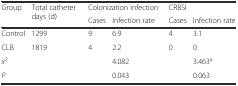
| <ROWSPAN=2> Group | <ROWSPAN=2> Total catheter days (d) | <COLSPAN=2> Colonization infection | <COLSPAN=2> CRBSI |
 | Cases | Infection rate | Cases | Infection rate |
 | --- | --- | --- | --- | --- | --- |
 | Control | 1299 | 9 | 6.9 | 4 | 3.1 |
 | CLB | 1819 | 4 | 2.2 | 0 | 0 |
 | x2 |  |  | 4.082 |  | 3.463a |
 | P |  |  | 0.043 |  | 0.063 |